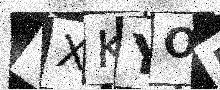
Text: VXKYOE